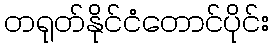
တရုတ်နိုင်ငံတောင်ပိုင်း